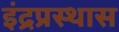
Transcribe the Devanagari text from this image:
इंद्रप्रस्थास